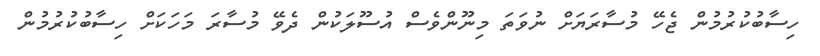
ހިސާބުކުރުމުން ޖެހޭ މުސާރަޔަށް ނުވަތަ މިނޫންވެސް އުސޫލަކުން ދެވޭ މުސާރަ މަހަކަށް ހިސާބުކުރުމުން